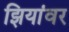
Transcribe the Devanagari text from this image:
झियांवर